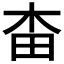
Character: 𣐭